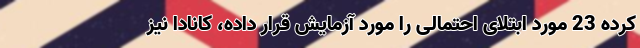
کرده 23 مورد ابتلای احتمالی را مورد آزمایش قرار داده،‌ کانادا نیز